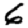
Digit: 6